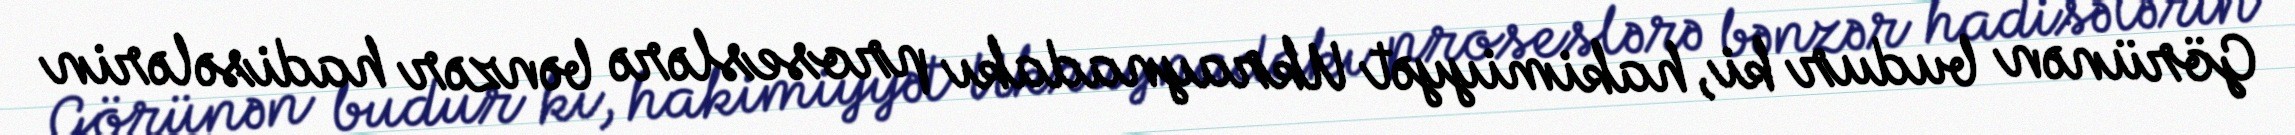
Görünən budur ki, hakimiyyət Ukraynadakı proseslərə bənzər hadisələrin